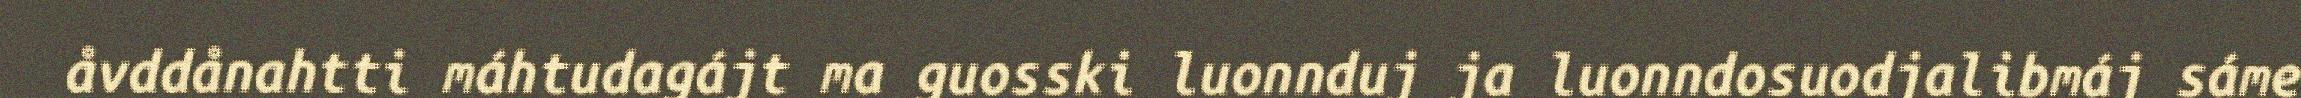
åvddånahtti máhtudagájt ma guosski luonnduj ja luonndosuodjalibmáj sáme